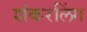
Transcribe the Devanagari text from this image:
शंकरलिंग